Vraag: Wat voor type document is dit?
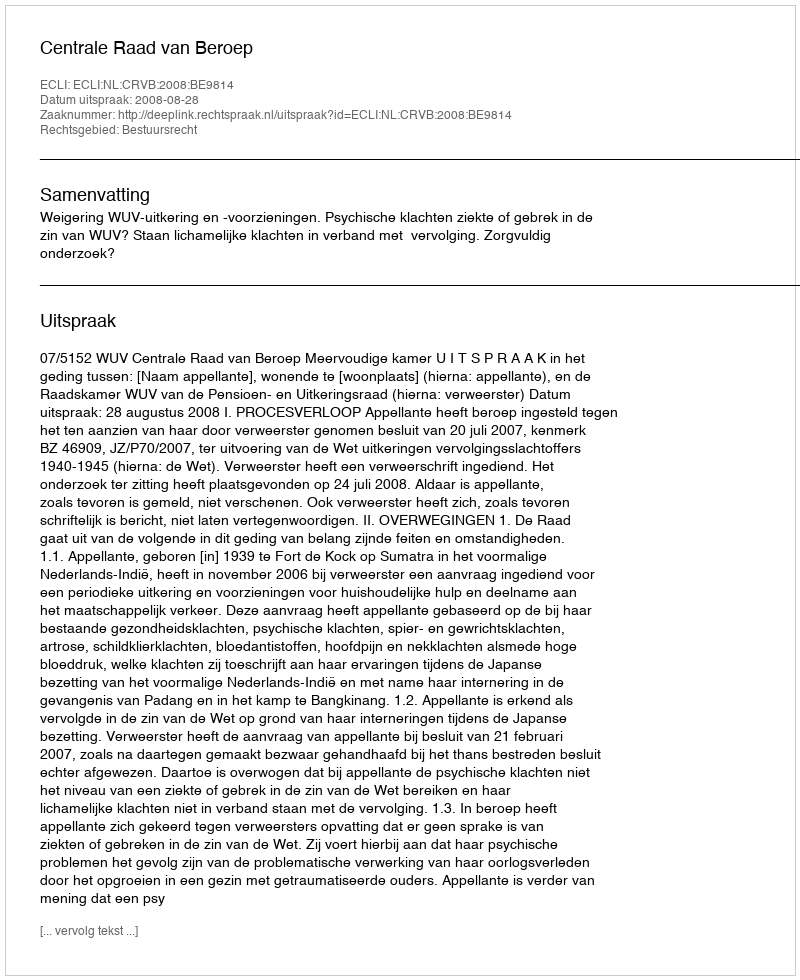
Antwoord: Uitspraak